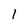
Character: 1